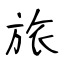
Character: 旅